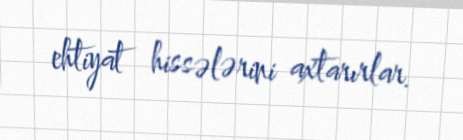
ehtiyat hissələrini axtarırlar.